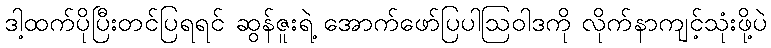
ဒါ့ထက်ပိုပြီးတင်ပြရရင် ဆွန်ဇူးရဲ့ အောက်ဖော်ပြပါဩဝါဒကို လိုက်နာကျင့်သုံးဖို့ပဲ